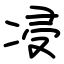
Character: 㓎